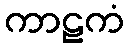
ကာဠကံ